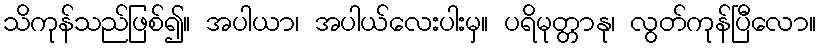
သိကုန်သည်ဖြစ်၍။ အပါယာ၊ အပါယ်လေးပါးမှ။ ပရိမုတ္တာနု၊ လွတ်ကုန်ပြီလော။